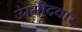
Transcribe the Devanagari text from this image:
उंम्मीदवार